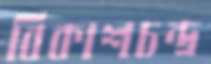
বিকাশচন্দ্র